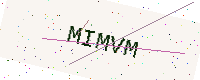
Text: MIMVM